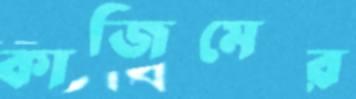
কাজিমের